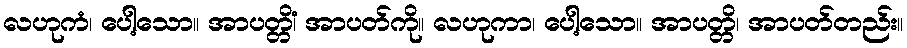
လဟုကံ၊ ပေါ့သော။ အာပတ္တိံ၊ အာပတ်ကို။ လဟုကာ၊ ပေါ့သော။ အာပတ္တိ၊ အာပတ်တည်း။